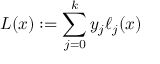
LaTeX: L ( x ) : = \sum _ { j = 0 } ^ { k } y _ { j } \ell _ { j } ( x )